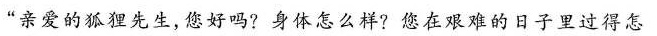
”亲爱的狐狸先生，您好吗?身体怎